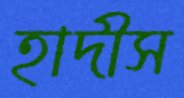
হাদীস